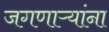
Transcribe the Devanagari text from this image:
जगणाऱ्यांना